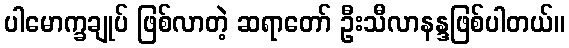
ပါမောက္ခချုပ် ဖြစ်လာတဲ့ ဆရာတော် ဦးသီလာနန္ဒဖြစ်ပါတယ်။